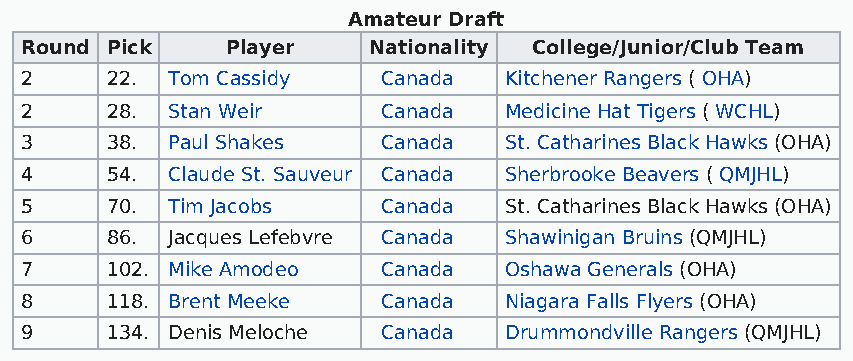
Amateur Draft
 Round Pick    Player   Nationality College/Junior/Club Team
 2     22. Tom Cassidy   Canada  Kitchener Rangers ( OHA)
 2     28. Stan Weir     Canada  Medicine Hat Tigers ( WCHL)
 3     38. Paul Shakes   Canada  St. Catharines Black Hawks (OHA)
 4     54. Claude St. Sauveur Canada Sherbrooke Beavers ( QMJHL)
 5     70. Tim Jacobs    Canada  St. Catharines Black Hawks (OHA)
 6     86. Jacques Lefebvre Canada Shawinigan Bruins (QMJHL)
 7     102. Mike Amodeo  Canada  Oshawa Generals (OHA)
 8     118. Brent Meeke  Canada  Niagara Falls Flyers (OHA)
 9     134. Denis Meloche Canada Drummondville Rangers (QMJHL)